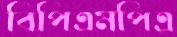
বিপিএমপিএ